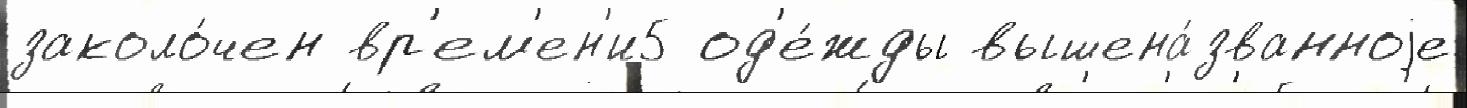
заколо́чен вр'ем'ен'и5 од'е́жды вышена́званноjе